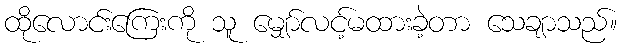
ထိုလောင်းကြေးကို သူ မျှော်လင့်မထားခဲ့တာ သေချာသည်။